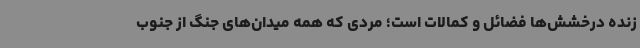
زنده درخشش‌ها فضائل و کمالات است؛ مردی که همه میدان‌های جنگ از جنوب